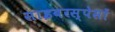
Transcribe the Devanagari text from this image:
साइबरस्पेसों